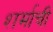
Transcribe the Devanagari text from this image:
शर्माची